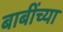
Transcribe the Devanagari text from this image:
बाबींच्‍या